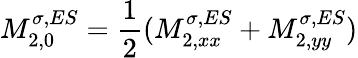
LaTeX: M_{2,0}^{\sigma,ES}=\frac{1}{2}(M_{2,xx}^{\sigma,ES}+M_{2,yy}^{\sigma,ES})